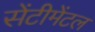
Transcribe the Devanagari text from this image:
सेंटीमेंटल